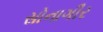
સોનાગીર